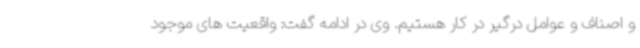
و اصناف و عوامل درگیر در کار هستیم. وی در ادامه گفت: واقعیت های موجود